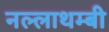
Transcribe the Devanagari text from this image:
नल्लाथम्बी